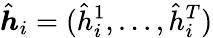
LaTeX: \hat{\boldsymbol{h}}_{i}=(\hat{h}_{i}^{1},\dots,\hat{h}_{i}^{T})